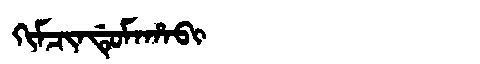
Manchu: ᡴᡳᠮᠴᡳᠨᡩᡠᠮᠠᡥᠠᠪᡳ
Romanization: KIMCINDUMAHABI